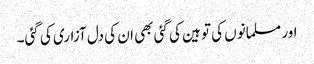
اور مسلمانوں کی توہین کی گئی بھی ان کی دل آزاری کی گئی۔